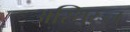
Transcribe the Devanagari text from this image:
अस्थिरज्जु